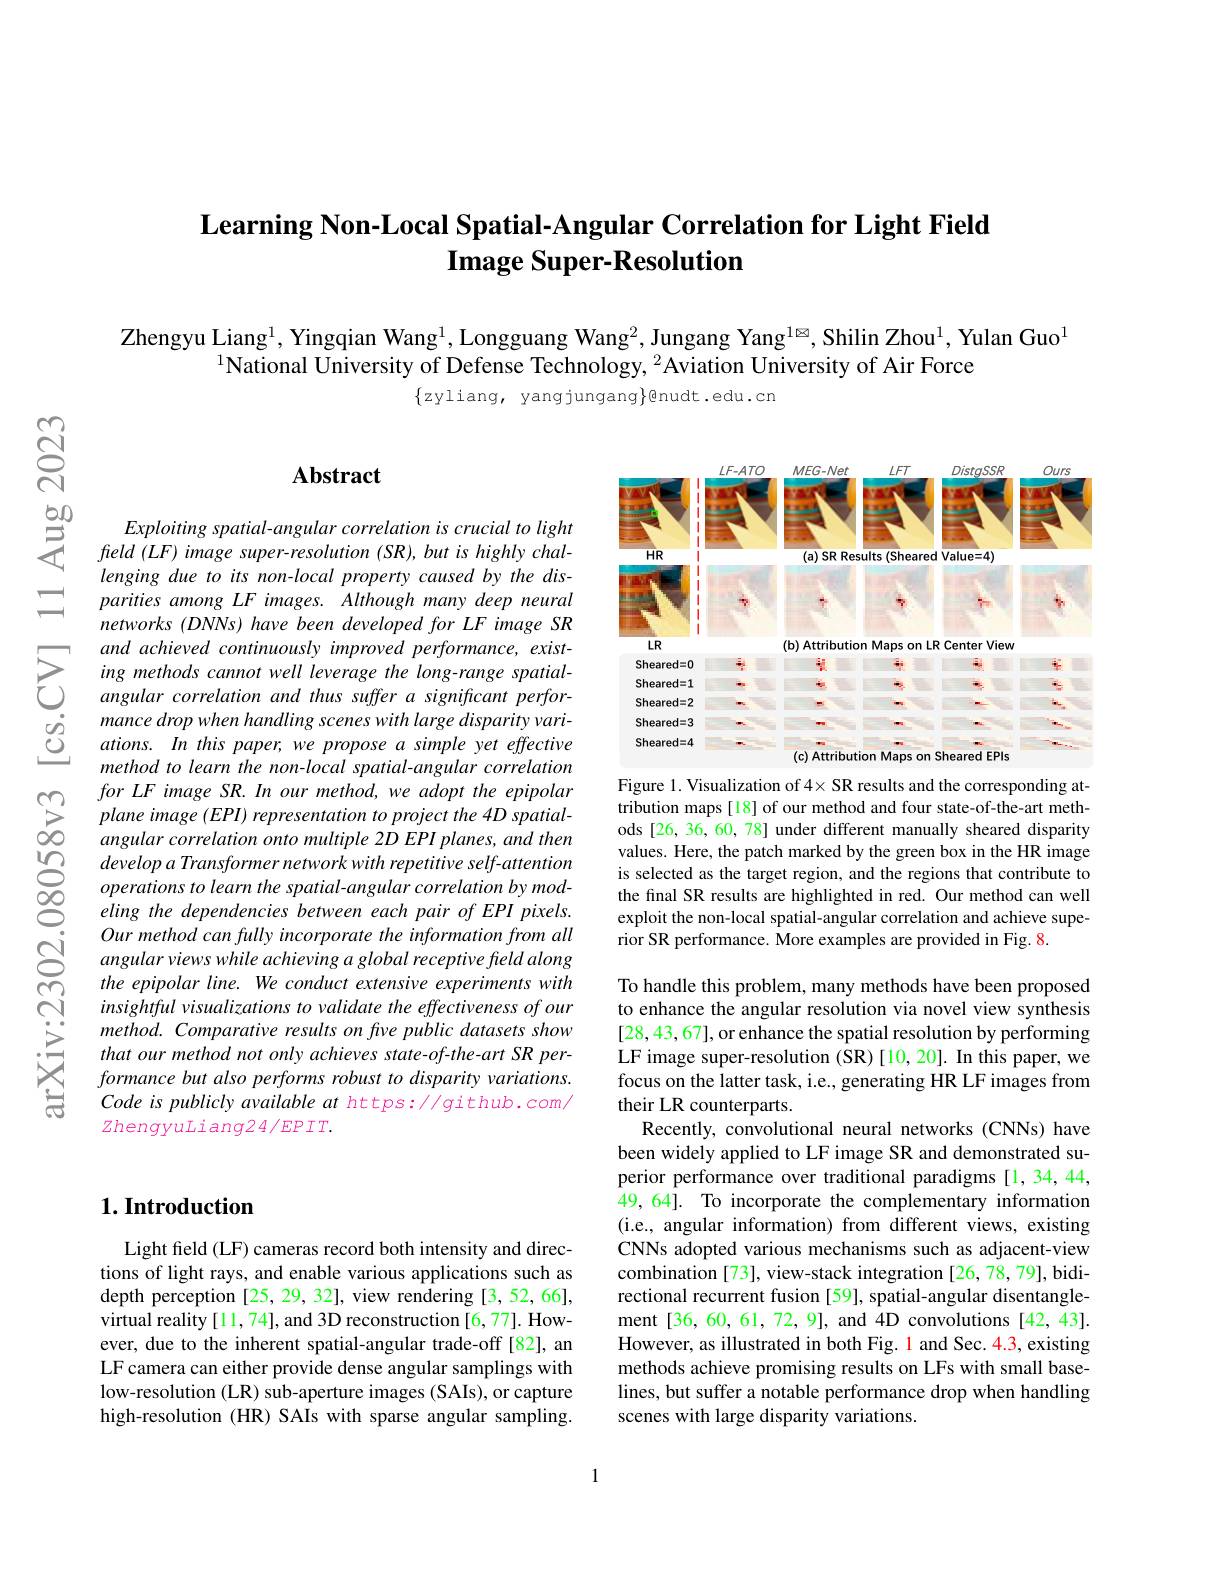
## $\textbf{Learning Non- Local Spatial- Angular Correlation for Light Field}$ Image Super-Resolution

Zhengyu Liang$^{1}$, Yingqian Wang$^{1}$, Longguang Wang$^{2}$, Jungang Yang$^{1\text{}}$, Shilin Zhou$^{1}$, Yulan Guo$^{1}$
$^{1}$National University of Defense Technology, $^2$Aviation University of Air Force
$\{$zyliang, yangjungang$\}$@nudt.edu.cn

## $\mathbf{Abstract}$

$Exploitingspatial-angularcorrelationiscrucialtolight$ $feld(LF)$ image super-resolution (SR), but is highly challenging due to its non-local property caused by the disparities among LF images. Although many deep neural networks (DNNs) have been developed for LF image SR and achieved continuously improved performance, existing methods cannot well leverage the long-range spatialangular correlation and thus suffer a significant performance drop when handling scenes with large disparity variations. In this paper, we propose a simple yet effective method to learn the non-local spatial-angular correlation
$\sum _{\infty }^{\infty }$ for $LF$ image $SR.$ $In$ our $method$, $we$ adopt the $epipolar\sum _{\infty }^{\infty }$ plane image $( EPI)$ representation $to$ project the $4D$ $spatial- \infty$ angular correlation onto multiple $2D$ $EPI$ $planes$, and then
developa Transformer network with repetitive self-attention operations to learn the spatial-angular correlation by modeling the dependencies between each pair of EPI pixels. Our method can fully incorporate the information from all angular views while achieving a global receptive freld along the epipolar line. We conduct extensive experiments with insightful visualizations to validate the effectiveness of our method. Comparative results on five public datasets show that our method not only achieves state-of-the-art SR performance but also performs robust to disparity variations. Code is publicly available at https://github.com/ $zhengyuLiang24/EPIT.$

<FigureHere>

Figure 1. Visualization of 4× SR results and the corresponding attribution maps [18] of our method and four state-of-the-art methods [26, 36, 60, 78] under different manually sheared disparity values. Here, the patch marked by the green box in the HR image is selected as the target region, and the regions that contribute to the final SR results are highlighted in red. Our method can well exploit the non-local spatial-angular correlation and achieve superior SR performance. More examples are provided in Fig. 8.

To handle this problem, many methods have been proposed to enhance the angular resolution via novel view synthesis [28,43,67],or enhance the spatial resolution by performing LF image super-resolution ($\hat{\mathrm{SR}})[10,20].$ In this paper, we focus on the latter task, i.e., generating HR LF images from their LR counterparts.
Recently, convolutional neural networks (CNNs) have been widely applied to LF image SR and demonstrated superior performance over traditional paradigms [1,34,44, 49,64]. To incorporate the complementary information (i.e., angular information) from different views, existing CNNs adopted various mechanisms such as adjacent-view combination [73], view-stack integration [26, 78, 79], bidirectional recurrent fusion [59], spatial-angular disentanglement[36,60,61,72,9], and 4D convolutions[42,43]. However, as illustrated in both Fig. 1 and Sec. 4.3, existing methods achieve promising results on LFs with small baselines, but suffer a notable performance drop when handling scenes with large disparity variations.

## $1. \textbf{Introduction}$

Light feld (LF) cameras record both intensity and directions of light rays, and enable various applications such as depth perception [25, 29, 32], view rendering [3, 52, 66], virtual reality [11,74], and 3D reconstruction [6,77]. However, due to the inherent spatial-angular trade-off [82], an LF camera can either provide dense angular samplings with low-resolution (LR) sub-aperture images (SAIs), or capture high-resolution (HR) SAIs with sparse angular sampling.